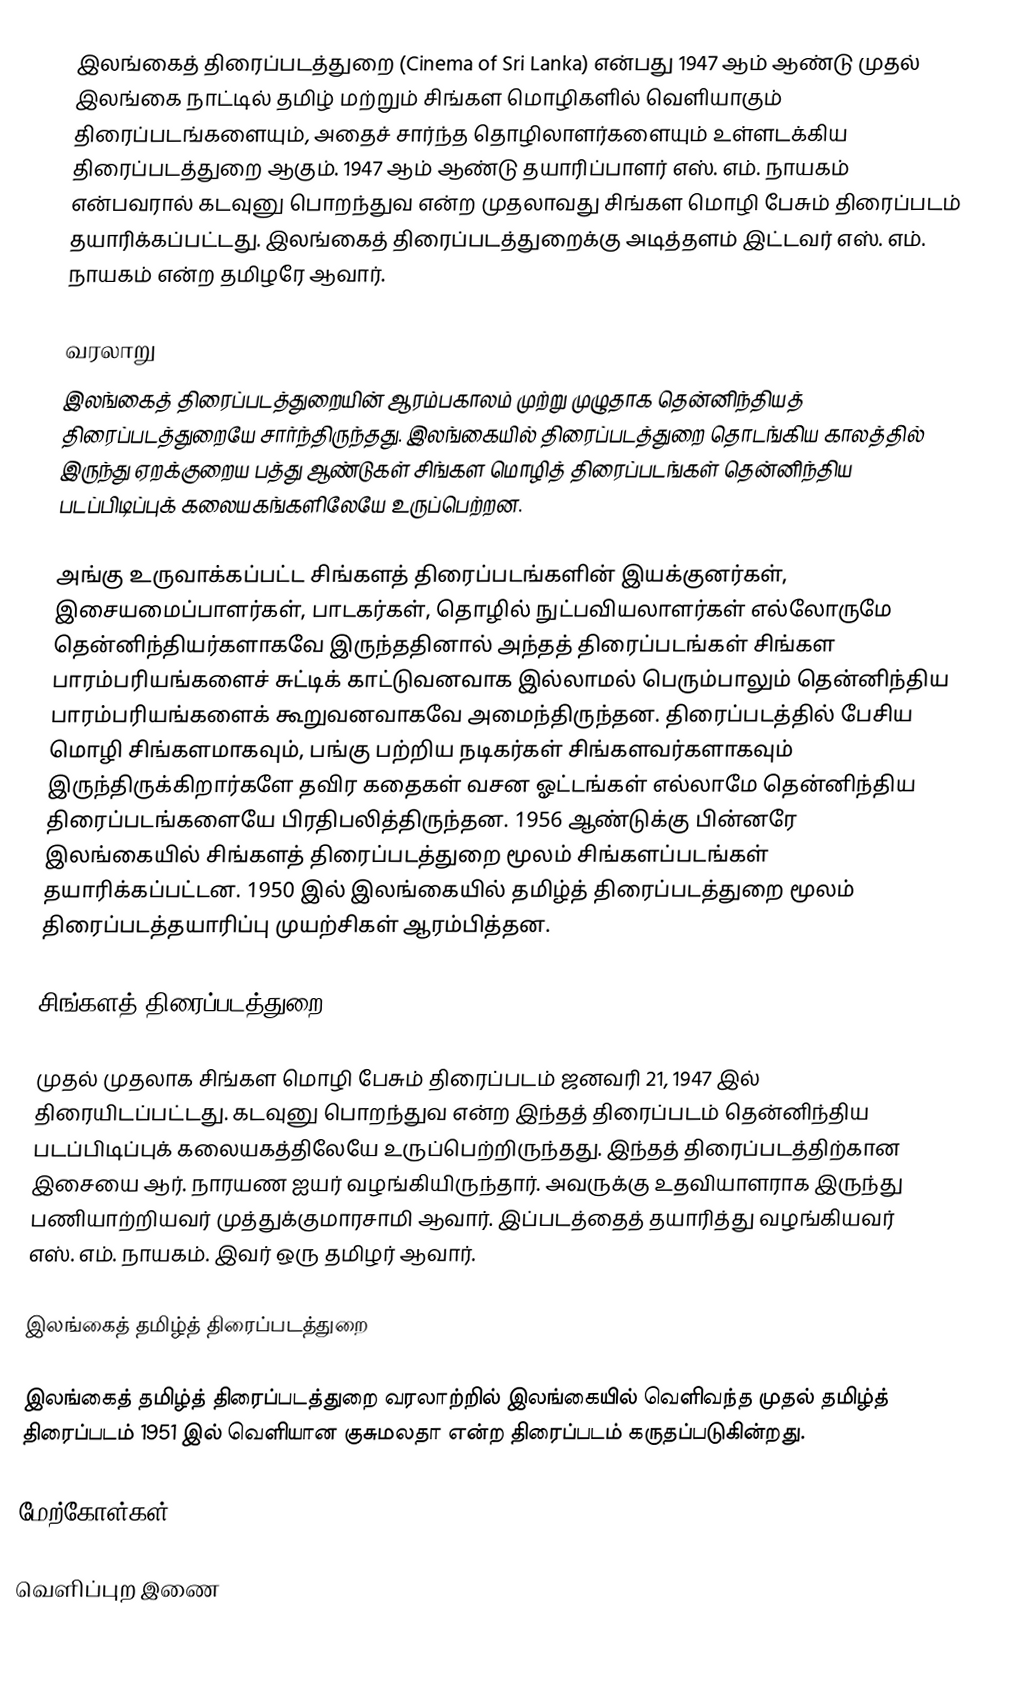
இலங்கைத் திரைப்படத்துறை (Cinema of Sri Lanka) என்பது 1947 ஆம் ஆண்டு முதல் இலங்கை நாட்டில் தமிழ் மற்றும் சிங்கள மொழிகளில் வெளியாகும் திரைப்படங்களையும், அதைச் சார்ந்த தொழிலாளர்களையும் உள்ளடக்கிய திரைப்படத்துறை ஆகும். 1947 ஆம் ஆண்டு தயாரிப்பாளர் எஸ். எம். நாயகம் என்பவரால் கடவுனு பொறந்துவ என்ற முதலாவது சிங்கள மொழி பேசும் திரைப்படம் தயாரிக்கப்பட்டது. இலங்கைத் திரைப்படத்துறைக்கு அடித்தளம் இட்டவர்  எஸ். எம். நாயகம் என்ற தமிழரே ஆவார்.

வரலாறு
இலங்கைத் திரைப்படத்துறையின் ஆரம்பகாலம் முற்று முழுதாக தென்னிந்தியத் திரைப்படத்துறையே சார்ந்திருந்தது. இலங்கையில் திரைப்படத்துறை தொடங்கிய காலத்தில் இருந்து ஏறக்குறைய பத்து ஆண்டுகள் சிங்கள மொழித் திரைப்படங்கள் தென்னிந்திய படப்பிடிப்புக் கலையகங்களிலேயே உருப்பெற்றன.

அங்கு உருவாக்கப்பட்ட சிங்களத் திரைப்படங்களின் இயக்குனர்கள், இசையமைப்பாளர்கள், பாடகர்கள், தொழில் நுட்பவியலாளர்கள் எல்லோருமே தென்னிந்தியர்களாகவே இருந்ததினால் அந்தத் திரைப்படங்கள் சிங்கள பாரம்பரியங்களைச் சுட்டிக் காட்டுவனவாக இல்லாமல் பெரும்பாலும் தென்னிந்திய பாரம்பரியங்களைக் கூறுவனவாகவே அமைந்திருந்தன. திரைப்படத்தில் பேசிய மொழி சிங்களமாகவும், பங்கு பற்றிய நடிகர்கள் சிங்களவர்களாகவும் இருந்திருக்கிறார்களே தவிர கதைகள் வசன ஓட்டங்கள் எல்லாமே தென்னிந்திய திரைப்படங்களையே பிரதிபலித்திருந்தன. 1956 ஆண்டுக்கு பின்னரே இலங்கையில் சிங்களத் திரைப்படத்துறை மூலம் சிங்களப்படங்கள் தயாரிக்கப்பட்டன. 1950 இல் இலங்கையில் தமிழ்த் திரைப்படத்துறை மூலம் திரைப்படத்தயாரிப்பு முயற்சிகள் ஆரம்பித்தன.

சிங்களத் திரைப்படத்துறை

முதல் முதலாக சிங்கள மொழி பேசும் திரைப்படம் ஜனவரி 21, 1947 இல் திரையிடப்பட்டது. கடவுனு பொறந்துவ என்ற இந்தத் திரைப்படம்  தென்னிந்திய படப்பிடிப்புக் கலையகத்திலேயே உருப்பெற்றிருந்தது. இந்தத் திரைப்படத்திற்கான இசையை ஆர். நாரயண ஐயர் வழங்கியிருந்தார். அவருக்கு உதவியாளராக இருந்து பணியாற்றியவர் முத்துக்குமாரசாமி ஆவார். இப்படத்தைத் தயாரித்து வழங்கியவர் எஸ். எம். நாயகம். இவர் ஒரு தமிழர் ஆவார்.

இலங்கைத் தமிழ்த் திரைப்படத்துறை

இலங்கைத் தமிழ்த் திரைப்படத்துறை வரலாற்றில் இலங்கையில் வெளிவந்த முதல் தமிழ்த் திரைப்படம் 1951 இல் வெளியான குசுமலதா என்ற திரைப்படம் கருதப்படுகின்றது.

மேற்கோள்கள்

வெளிப்புற இணை